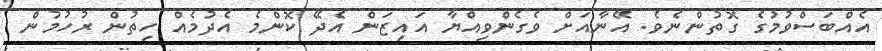
އެއްބަސްވުމުގެ ގޮތުންނެވެ. އޭނާއަށް ވެގެންވިއްޔާ އައިޒަން އެދޭ ކޮންމެ އެދުމެއް ހިތުން ރުހުމުން